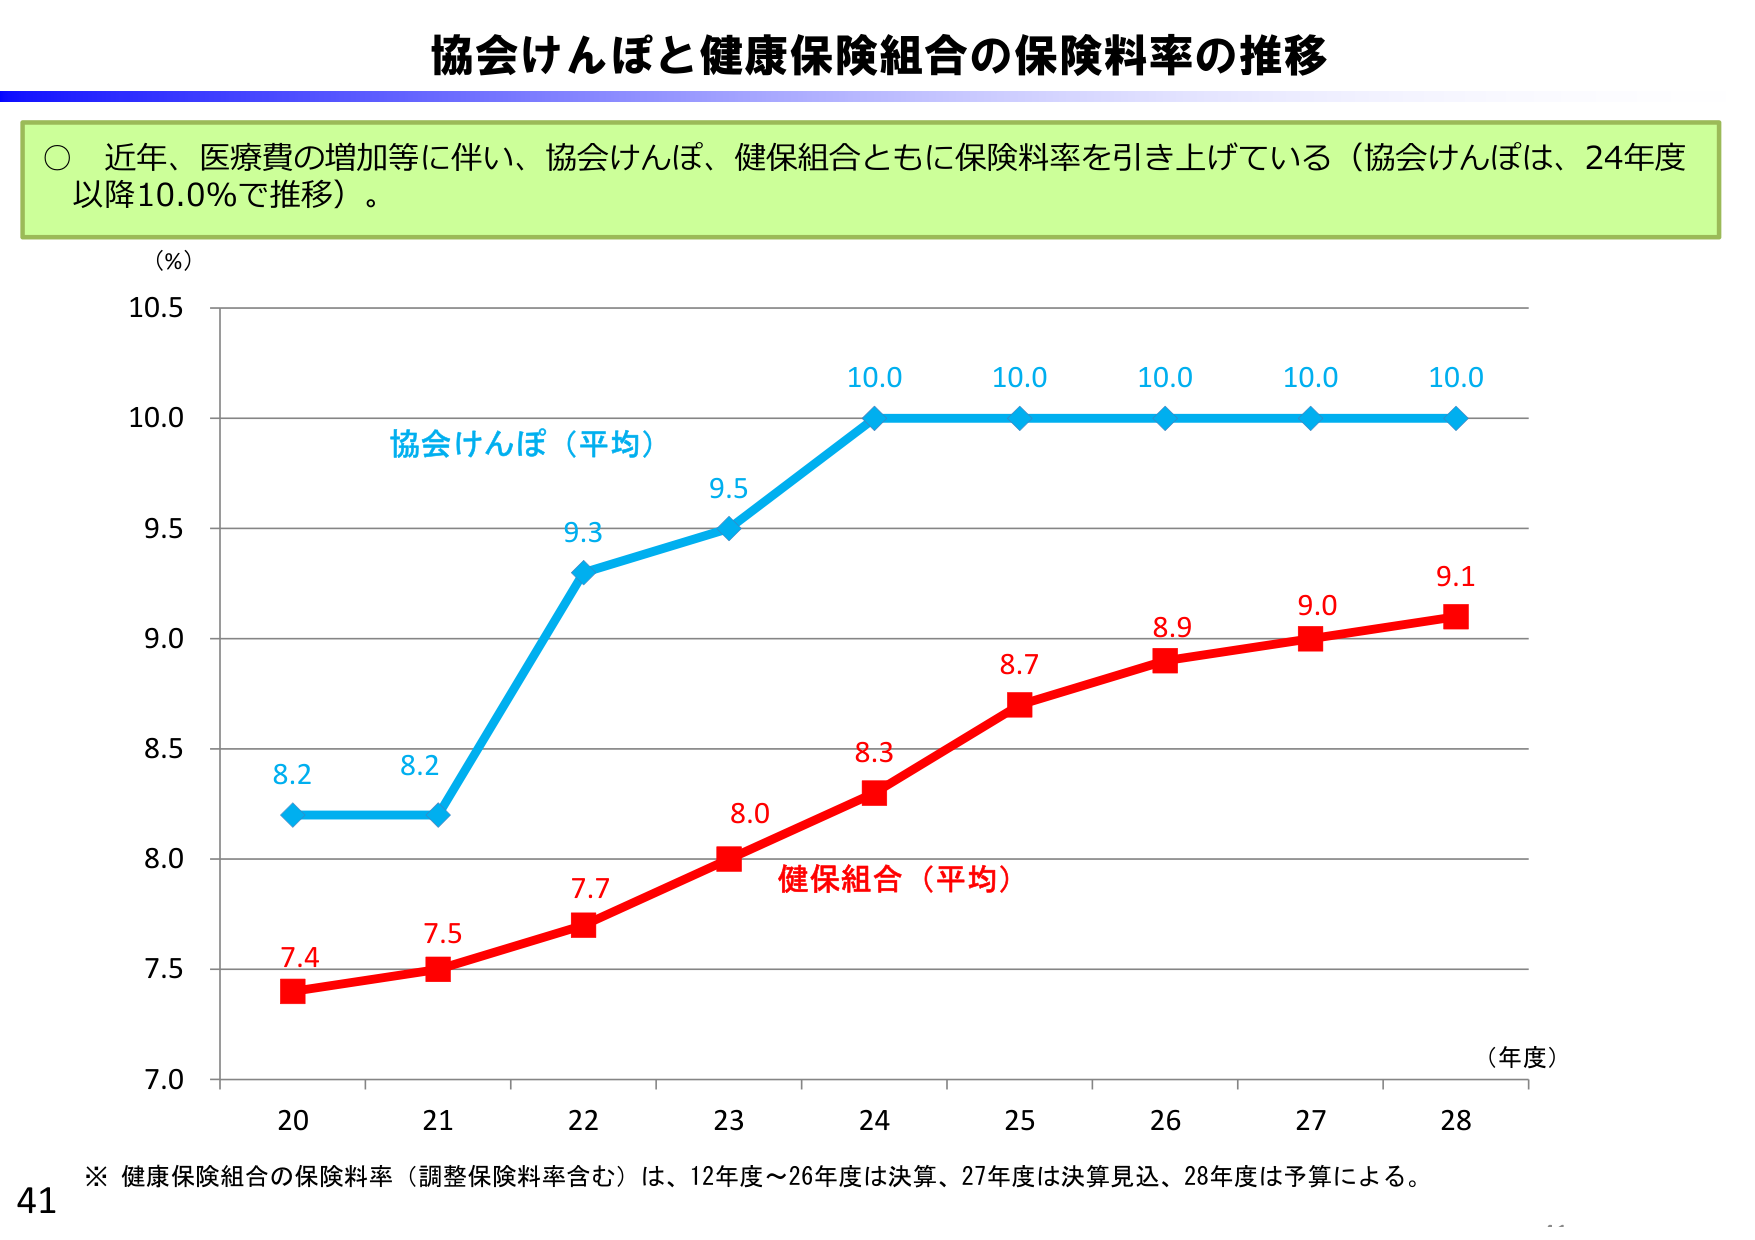
協会けんぽと健康保険組合の保険料率の推移

○ 近年、医療費の増加等に伴い、協会けんぽ、健保組合ともに保険料率を引き上げている（協会けんぽは、24年度以降10.0％で推移）。

(％)
10.5
10.0
9.5
9.0
8.5
8.0
7.5
7.0

協会けんぽ（平均）
8.2
8.2
9.3
9.5
10.0
10.0
10.0
10.0
10.0

健保組合（平均）
7.4
7.5
7.7
8.0
8.3
8.7
8.9
9.0
9.1

(年度)
20
21
22
23
24
25
26
27
28

※ 健康保険組合の保険料率（調整保険料率含む）は、12年度～26年度は決算、27年度は決算見込、28年度は予算による。

41